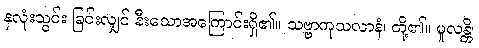
နှလုံးသွင်း ခြင်းလျှင် နီးသောအကြောင်းရှိ၏။ သဗ္ဗာကုသလာနံ၊ တို့၏။ မူလန္တိ၊